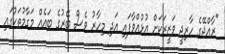
"ރާއްޖޭގެ ހާރިޖީ ވަޒީރަކަށް އުޅުއްވާފައި އަދި މިހާރު ވެސް ބޭރުގެ ބައެއް މަގާމުތަކުގައި